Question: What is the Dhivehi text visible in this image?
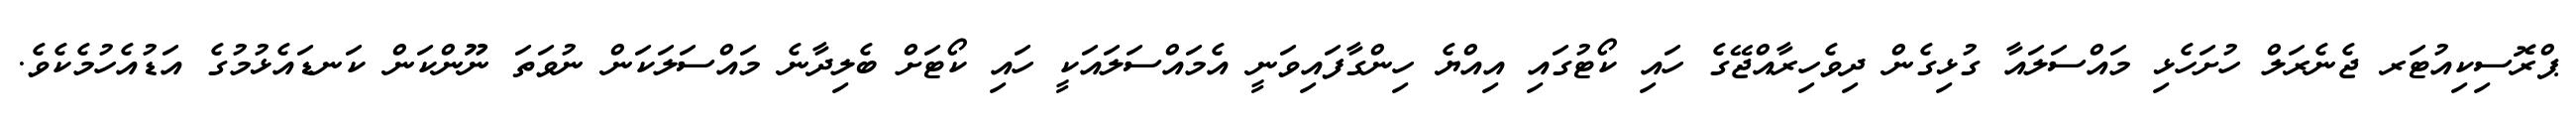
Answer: ޕްރޮސިކިއުޓަރ ޖެނެރަލް ހުށަހެޅި މައްސަލައާ ގުޅިގެން ދިވެހިރާއްޖޭގެ ހައި ކޯޓުގައި އިއްޔެ ހިންގާފައިވަނީ އެމައްސަލައަކީ ހައި ކޯޓަށް ބެލިދާނެ މައްސަލަކަން ނުވަތަ ނޫންކަން ކަނޑައެޅުމުގެ އަޑުއެހުމެކެވެ.